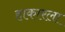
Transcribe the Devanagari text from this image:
हाकारला